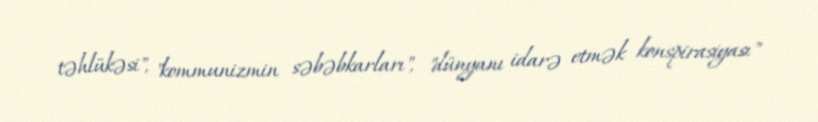
təhlükəsi", "kommunizmin səbəbkarları", "dünyanı idarə etmək konspirasiyası"